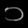
Digit: ၁